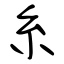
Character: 糸